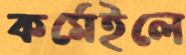
কর্মেইলে